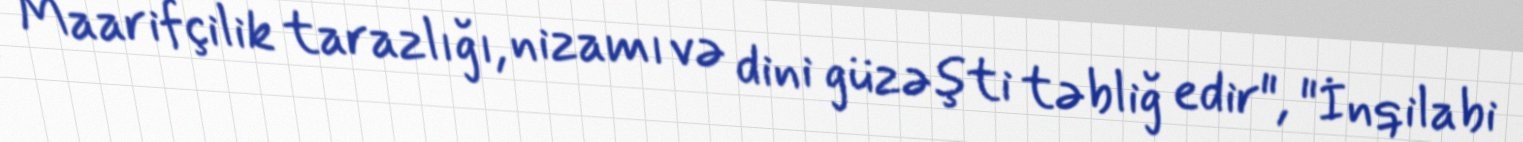
Maarifçilik tarazlığı, nizamı və dini güzəşti təbliğ edir", "İnqilabi